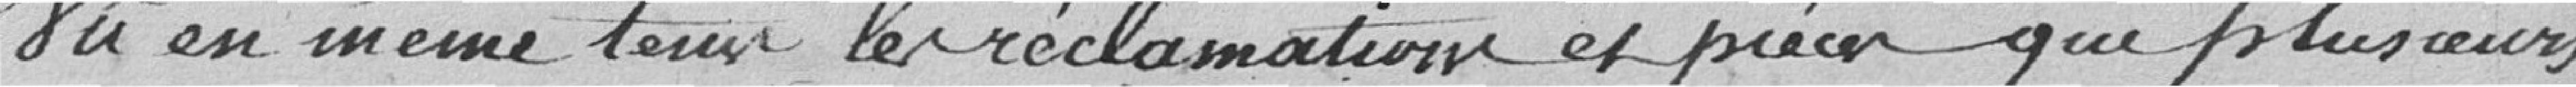
Vu en même temps, leur réclamation et pièces que plusieurs